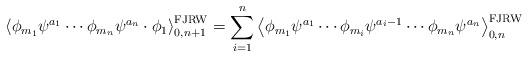
LaTeX: \begin{align*}\left\langle\phi_{m_1}\psi^{a_1}\cdots\phi_{m_n}\psi^{a_n}\cdot \phi_1\right\rangle_{0,n+1}^\mathrm{FJRW}=\sum_{i=1}^n\left\langle\phi_{m_1}\psi^{a_1}\cdots\phi_{m_i}\psi^{a_i-1}\cdots\phi_{m_n}\psi^{a_n}\right\rangle_{0,n}^\mathrm{FJRW}\end{align*}